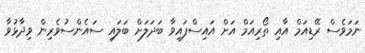
ނަމަވެސް ރޭޑިއަމް އާއި ތޯރިއަމް އަށް އައިސްފައިވާ ބަދަލަށް ބަލައި ސައެންސުވެރިން ވިދާޅުވާ